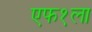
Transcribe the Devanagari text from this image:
एफ१ला